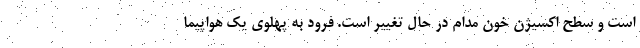
است و سطح اکسیژن خون مدام در حال تغییر است. فرود به پهلوی یک هواپیما